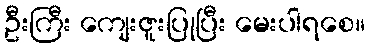
ဦးကြီး ကျေးဇူးပြုပြီး မေးပါရစေ။